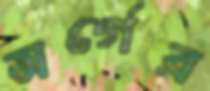
অর্গের